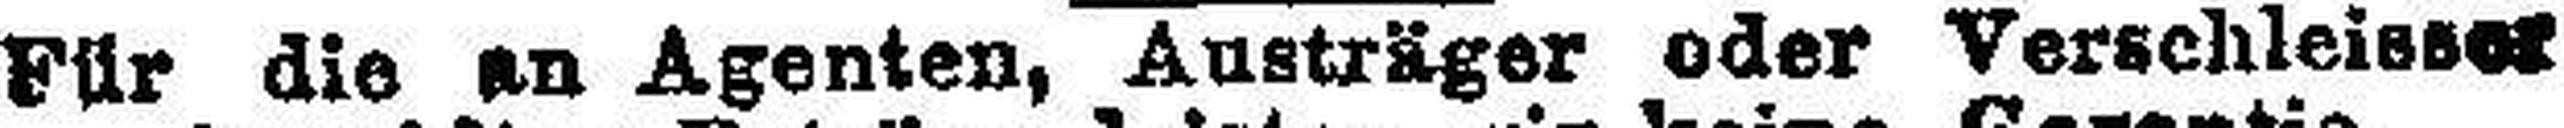
Für die an Agenten, Austräger oder Verschleisser